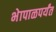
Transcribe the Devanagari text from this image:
भेापाळपर्यंत